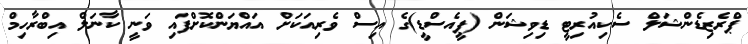
ޕްރެޒިޑެންޝަލް ސެކިއުރިޓީ ޑިވިޝަން (ޕީއެސްޑީ)ގެ އިސް ވެރިއަކަށް އައްޔަންކޮށްފައި ވަނީ ކާނަލް އިބްރާހިމް